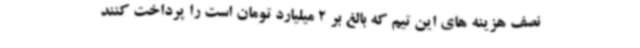
نصف هزینه های این تیم که بالغ بر 2 میلیارد تومان است را پرداخت کنند